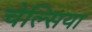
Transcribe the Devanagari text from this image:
चेल्‍सिया